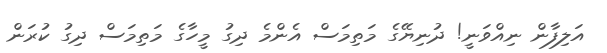
އަލިފާން ނިއްވަނީ! ދުނިޔޭގެ މަތިމަސް އެންމެ ދިގު މީހާގެ މަތިމަަސް ދިގު ކުރަން